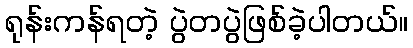
ရုန်းကန်ရတဲ့ ပွဲတပွဲဖြစ်ခဲ့ပါတယ်။